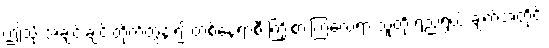
ဤသို့ အချင်းချင်းတိုက်တွန်း၍ တစ်နေရာစီ ကြိုးစားကြလေရာ သူတို့ ရည်ရွယ် ချက်အတိုင်း